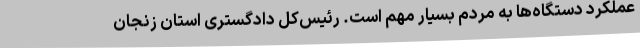
عملکرد دستگاه‌ها به مردم بسیار مهم است. رئیس‌کل دادگستری استان زنجان